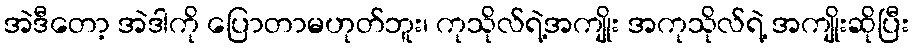
အဲဒီတော့ အဲဒါကို ပြောတာမဟုတ်ဘူး၊ ကုသိုလ်ရဲ့အကျိုး အကုသိုလ်ရဲ့ အကျိုးဆိုပြီး